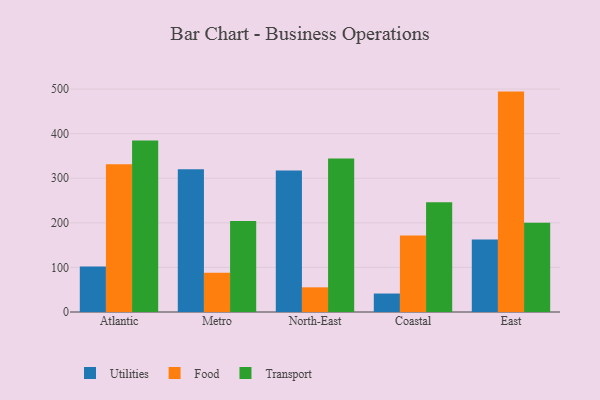
{"axis": {"x": "Region", "y": "Latency (ms)"}, "legend": ["Food", "Transport", "Utilities"], "data": [{"x": "Atlantic", "y": 102.3, "type": "Utilities"}, {"x": "Atlantic", "y": 331.4, "type": "Food"}, {"x": "Atlantic", "y": 384.8, "type": "Transport"}, {"x": "Metro", "y": 320.1, "type": "Utilities"}, {"x": "Metro", "y": 87.8, "type": "Food"}, {"x": "Metro", "y": 204.2, "type": "Transport"}, {"x": "North-East", "y": 317.3, "type": "Utilities"}, {"x": "North-East", "y": 55.3, "type": "Food"}, {"x": "North-East", "y": 344.1, "type": "Transport"}, {"x": "Coastal", "y": 41.4, "type": "Utilities"}, {"x": "Coastal", "y": 171.4, "type": "Food"}, {"x": "Coastal", "y": 246.3, "type": "Transport"}, {"x": "East", "y": 162.4, "type": "Utilities"}, {"x": "East", "y": 494.3, "type": "Food"}, {"x": "East", "y": 200.4, "type": "Transport"}]}